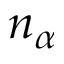
n _ { \alpha }